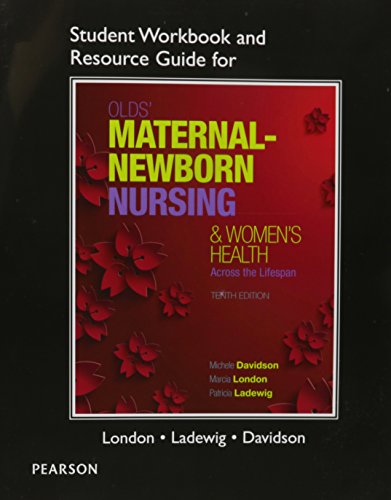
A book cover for Student Workbook and Resource Guide for Olds' Maternal-Newborn Nursing & Women's Health Across the Lifespan; Michele Davidson; Medical Books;